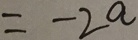
= - 2 a